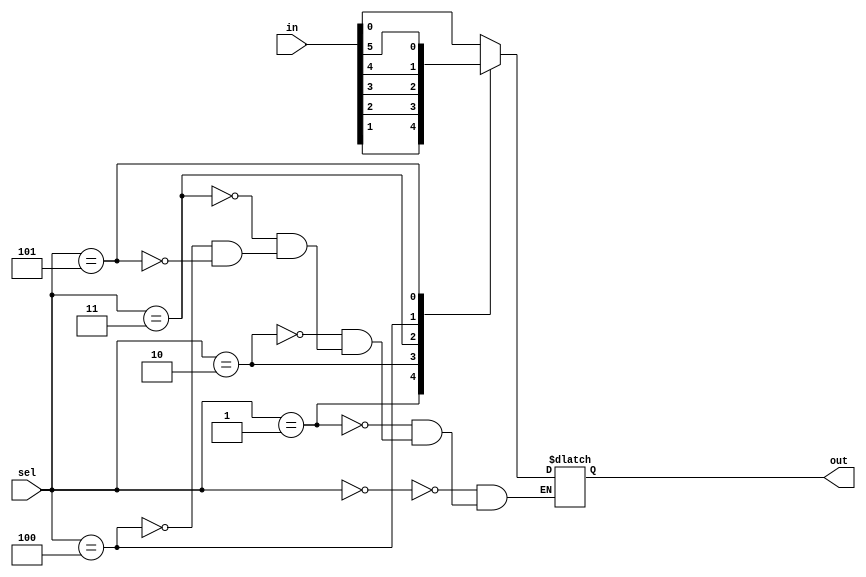
module mux_64to1 (
    input [63:0] in,
    input [5:0] sel,
    output reg out
);

always @*
begin
    case(sel)
        6'b000000: out = in[0];
        6'b000001: out = in[1];
        6'b000010: out = in[2];
        6'b000011: out = in[3];
        6'b000100: out = in[4];
        6'b000101: out = in[5];
        // continue for all 64 cases up to 6'b111111
    endcase
end

endmodule